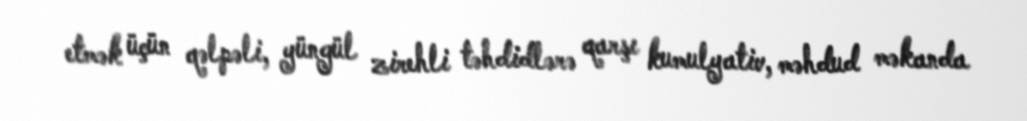
etmək üçün qəlpəli, yüngül zirehli təhdidlərə qarşı kumulyativ, məhdud məkanda